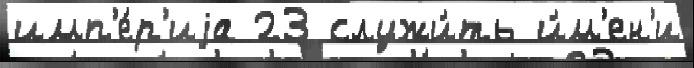
имп'е́р'иjа 23 служи́ть и́м'ен'и